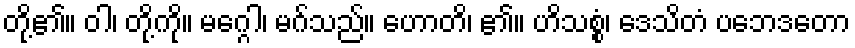
တို့၏။ ဝါ၊ တို့ကို။ မဂ္ဂေါ၊ မဂ်သည်။ ဟောတိ၊ ၏။ ဟိသစ္စံ၊ ဒေသိတံ ပဘေဒတော